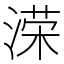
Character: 溁